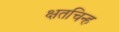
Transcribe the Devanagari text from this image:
क्षतचिन्ह